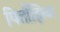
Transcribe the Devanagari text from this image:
पितौंझिया